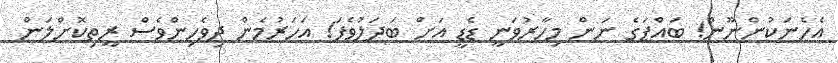
އެހެނަކުންނޫން! ބައްޕަގެ ނަން މިހާރުވަނީ ޑެޑީ އަށް ބަދަލުވެފަ! އަހަރުމެން ދިވެހިންވެސް ރީތިކޮށްލަން